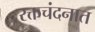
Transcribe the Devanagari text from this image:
रक्तचंदनात